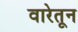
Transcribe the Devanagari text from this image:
वारेतून